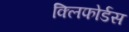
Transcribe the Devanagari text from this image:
क्लिफोर्डस